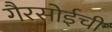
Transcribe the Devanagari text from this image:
गैरसोईची